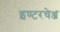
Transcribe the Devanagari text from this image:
इण्टरचेञ्ज